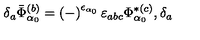
\delta _ { a } \bar { \Phi } _ { \alpha _ { 0 } } ^ { ( b ) } = \left( - \right) ^ { \epsilon _ { \alpha _ { 0 } } } \varepsilon _ { a b c } \Phi _ { \alpha _ { 0 } } ^ { * ( c ) } , \delta _ { a }